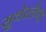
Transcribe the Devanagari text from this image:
सुथेरलैण्ड